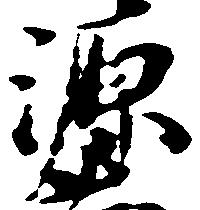
源